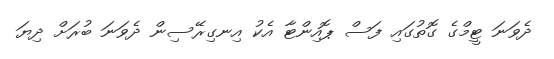
ދެވަނަ ޓީމްގެ ގޮތުގައި ފަސް ޕޮއިންޓާ އެކު އިނގިރޭސިން ދެވަނަ ބުރަށް ދިޔަ